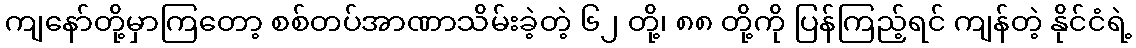
ကျနော်တို့မှာကြတော့ စစ်တပ်အာဏာသိမ်းခဲ့တဲ့ ၆၂ တို့၊ ၈၈ တို့ကို ပြန်ကြည့်ရင် ကျန်တဲ့ နိုင်ငံရဲ့